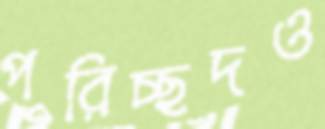
পরিচ্ছদও